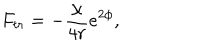
F _ { t r } = - \frac { \chi } { 4 r } e ^ { 2 \phi } ,